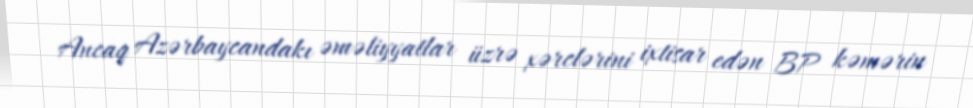
Ancaq Azərbaycandakı əməliyyatlar üzrə xərclərini ixtisar edən BP kəmərin